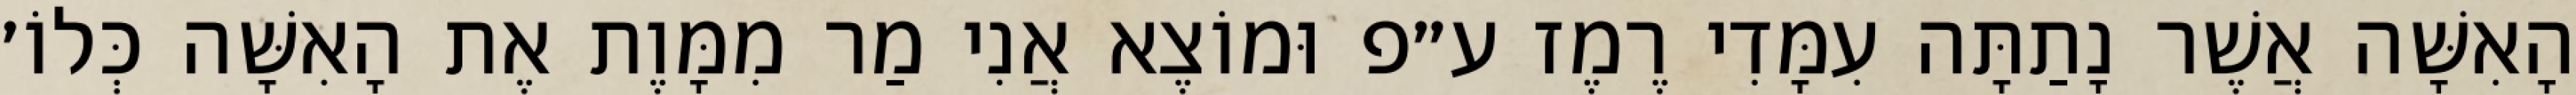
הָאִשָּׁה אֲשֶׁר נָתַתָּה עִמָּדִי רֶמֶז ע״פ וּמוֹצֶא אֲנִי מַר מִמָּוֶת אֶת הָאִשָּׁה כְּלוֹ׳